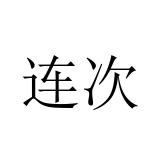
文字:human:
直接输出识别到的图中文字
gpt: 连次